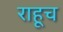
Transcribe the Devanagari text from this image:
राहूच